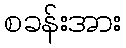
စခန်းအား